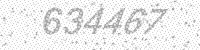
Solution: 634467